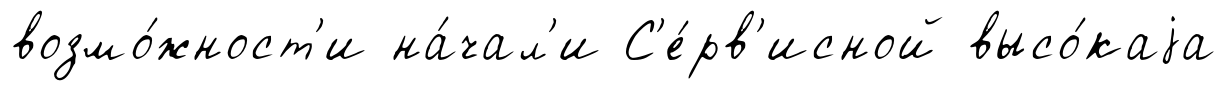
возмо́жност'и на́чал'и С'е́рв'исной высо́каjа